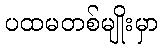
ပထမတစ်မျိုးမှာ